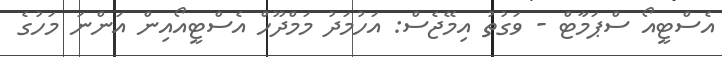
އެސްޓީއޯ ސްޕަމާޓް - ވަގުތު އިމޭޖެސް: އަހުމަދު މަމްދޫހް އެސްޓީއޯއިން އަންނަ މަހުގެ